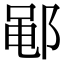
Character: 𫑡